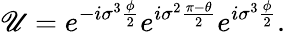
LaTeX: \mathscr{U}=e^{-i{\sigma}^{3}\frac{{\phi}}{{2}}}e^{i{\sigma}^{2}\frac{{\pi-\theta}}{{2}}}e^{i{\sigma}^{3}\frac{{\phi}}{{2}}}.